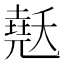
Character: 𰊳